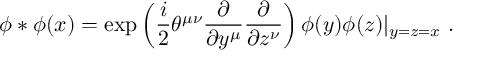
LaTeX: \phi * \phi ( x ) = \exp \left( \frac { i } { 2 } \theta ^ { \mu \nu } \frac { \partial } { \partial y ^ { \mu } } \frac { \partial } { \partial z ^ { \nu } } \right) \phi ( y ) \phi ( z ) | _ { y = z = x } ~ .